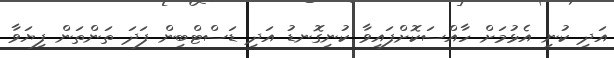
އަދި ކުނި އެޅުމަށް ހާއްސަކޮށްފައިވާ ކުނިގޮނޑު އަދި ޑަސްޓްބިން ފަދަ ތަންތަން ފިޔަވާ